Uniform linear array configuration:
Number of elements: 48
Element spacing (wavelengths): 0.75
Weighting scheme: kaiser
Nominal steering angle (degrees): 0
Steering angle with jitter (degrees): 1.725
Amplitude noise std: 0.05
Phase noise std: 0.05

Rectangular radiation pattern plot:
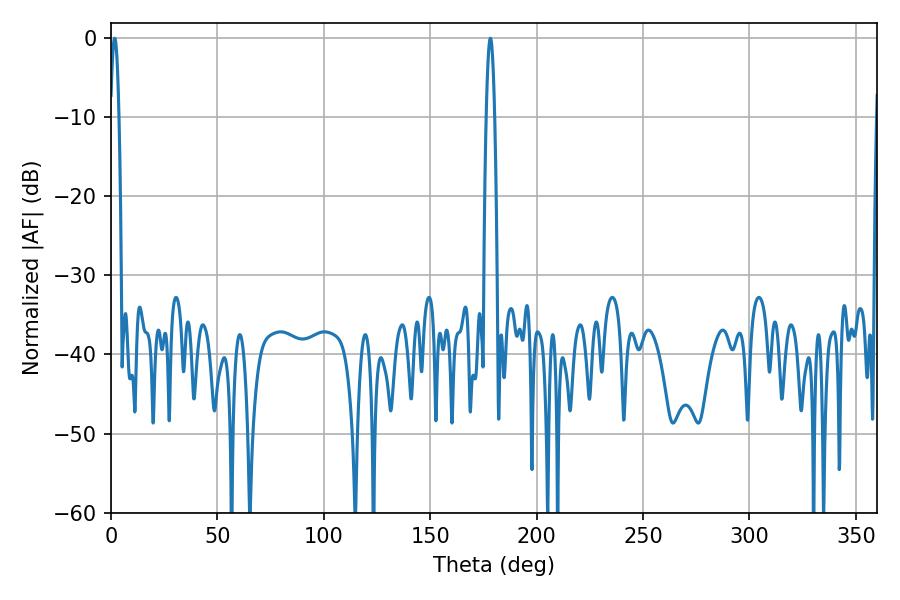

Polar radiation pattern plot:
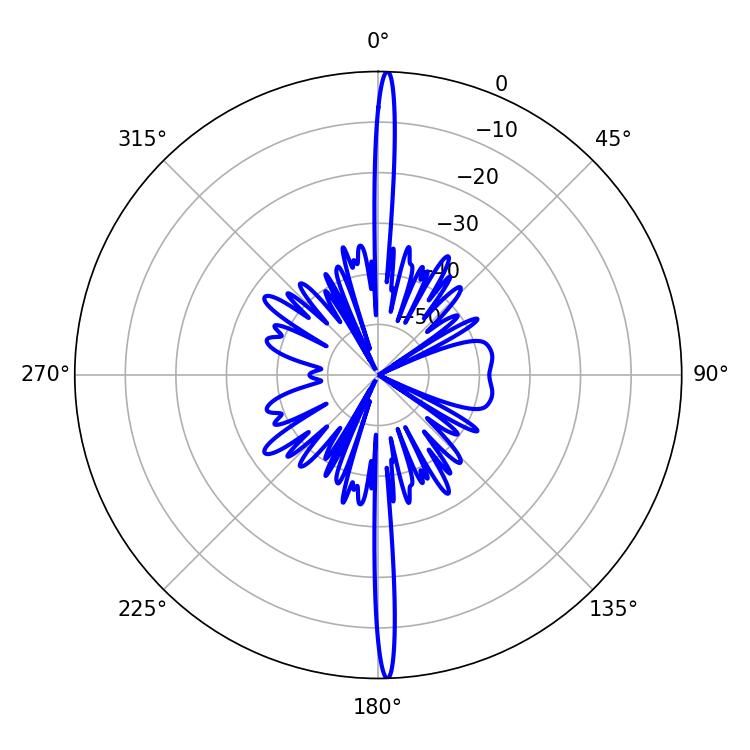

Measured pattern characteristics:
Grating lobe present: TRUE
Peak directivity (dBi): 28.997
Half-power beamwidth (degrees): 1.98
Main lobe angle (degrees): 1.8